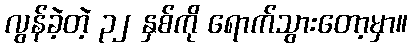
လွန်ခဲ့တဲ့ ၃၂ နှစ်ကို ရောက်သွားတော့မှာ။